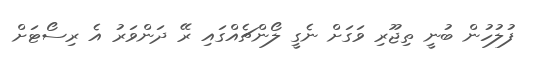
ފުލުހުން ބުނީ ތިޖޫރި ވަގަށް ނެގީ ލޯންޗެއްގައި ރޭ ދަންވަރު އެ ރިސޯޓަށް